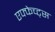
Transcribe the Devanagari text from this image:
एफ्फेच्ट्स